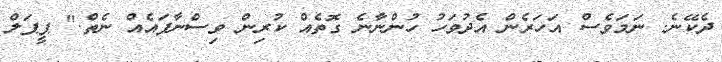
ދެކޭނެ. ނަމަވެސް އަހަރެން އެދުވަހު ހުންނާނެ ގޮތެއް ކުރިން ވިސްނާފައެއް ނެތް." ޕީޕަލް